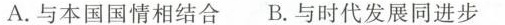
A.与本国国情相结合B.与时代发展同进步